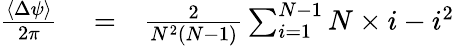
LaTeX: \begin{array}{rlr}{\frac{\langle\Delta\psi\rangle}{2\pi}}&{{}=}&{\frac{2}{N^{2}(N-1)}\sum_{i=1}^{N-1}N\times i-i^{2}}\end{array}